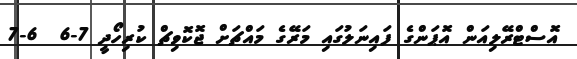
އޮސްޓްރޭލިއަން އޮޕަންގެ ފައިނަލުގައި މަރޭގެ މައްޗަށް ޖޮކޮވިޗް ކުރިހޯދީ 7-6  6-7